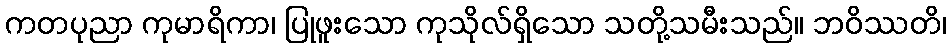
ကတပုညာ ကုမာရိကာ၊ ပြုဖူးသော ကုသိုလ်ရှိသော သတို့သမီးသည်။ ဘဝိဿတိ၊